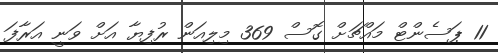
11 ޕަސެންޓް މައްޗަށް ގޮސް 369 މިލިއަން ރުފިޔާ އަށް ވަނީ އަރާފަ